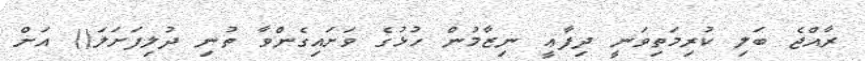
ރާއްޖެ ބަލި ކުރިމަތިވަނީ ދިފާޢީ ނިޒާމުން ހުޅުގެ ވަށައިގެންވާ ތުނި ދުލިފަށަލަ() އަށް